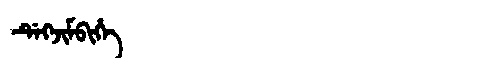
Manchu: ᡩᡝᡴᠵᡳᠮᠪᡳᡥᡝ
Romanization: DEKJIMBIHE